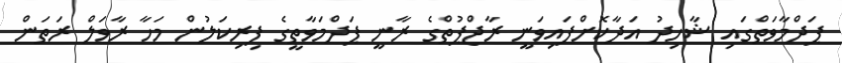
ޕަދްމާވަތްގައި ޝާހިދު އަދާކޮށްފައިވަނީ ރާޖްޕުތްގެ ރާނީ ޕަދްމަވާތީގެ ފިރިކަލުން މަހާ ރާވަލް ރަތަން